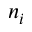
n _ { i }